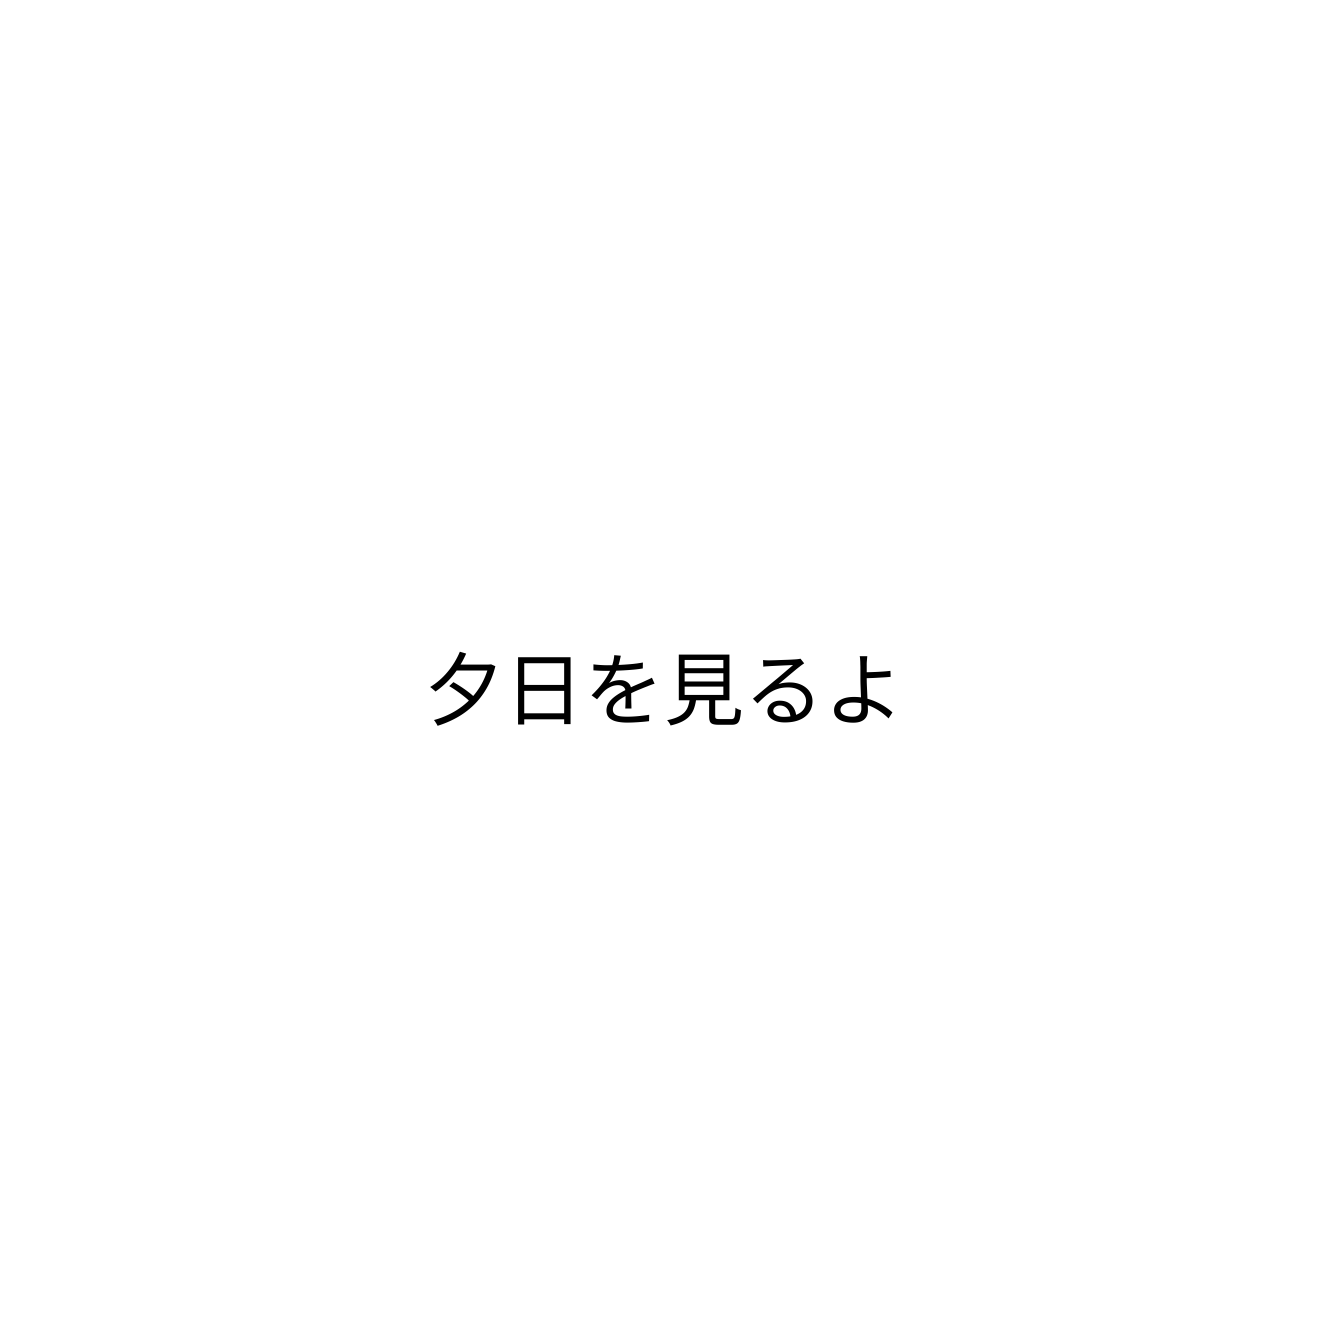
夕日を見るよ